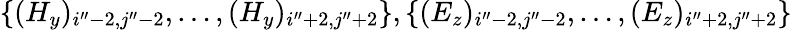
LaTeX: \{ (H_{y})_{i^{\prime\prime}-2,j^{\prime\prime}-2},\ldots,(H_{y})_{i^{\prime\prime}+2,j^{\prime\prime}+2}\} ,\{ (E_{z})_{i^{\prime\prime}-2,j^{\prime\prime}-2},\ldots,(E_{z})_{i^{\prime\prime}+2,j^{\prime\prime}+2}\}